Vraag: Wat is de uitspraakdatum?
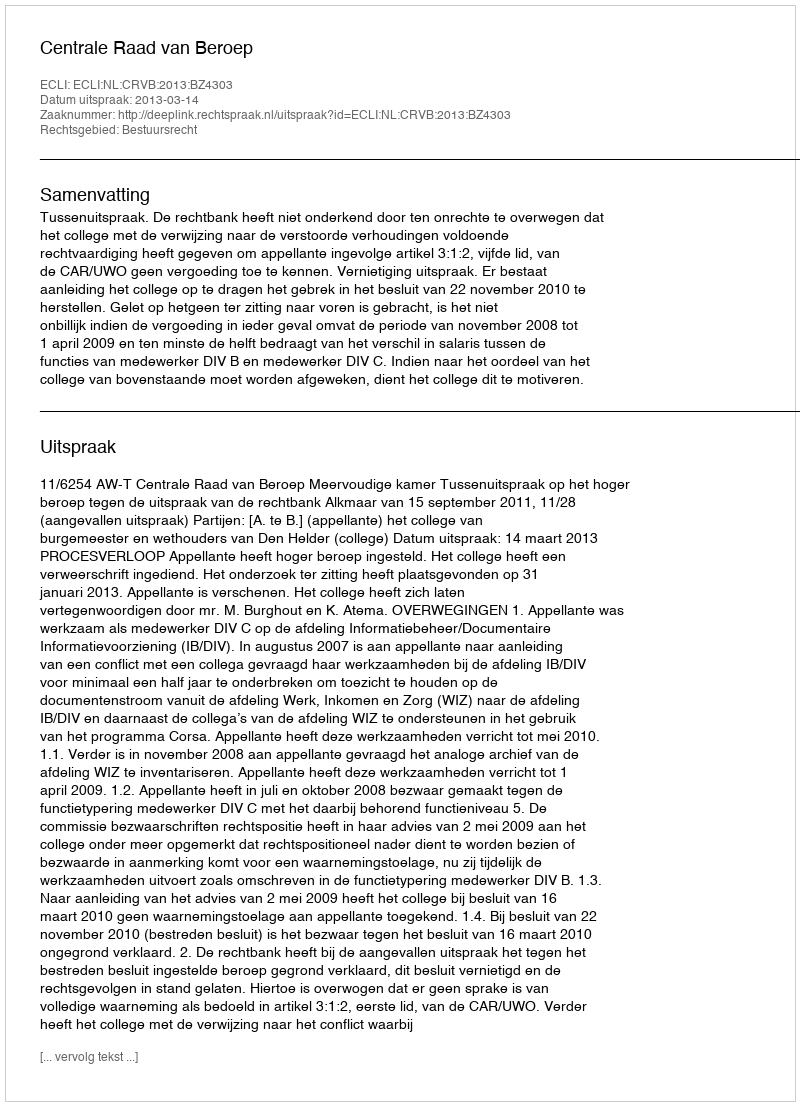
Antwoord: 2013-03-14